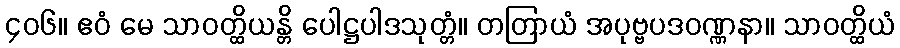
၄၀၆။ ဧဝံ မေ သာဝတ္ထိယန္တိ ပေါဋ္ဌပါဒသုတ္တံ။ တတြာယံ အပုဗ္ဗပဒဝဏ္ဏနာ။ သာဝတ္ထိယံ